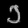
Digit: ၁